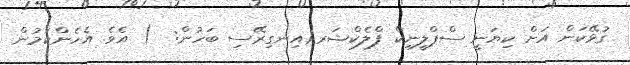
ގުޅޭކަން އަށް ކިޔަނީ ސްޕްލީނިކް ފްލެކްޝަރ(އިނގިރޭސި ބަހުން:  ) އެވެ. އެހެންކަމުން